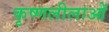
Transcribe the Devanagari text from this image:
कृष्णलीलाओं